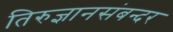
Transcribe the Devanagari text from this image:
तिरुज्ञानसंबन्दर